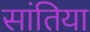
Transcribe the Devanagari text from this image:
सांतिया